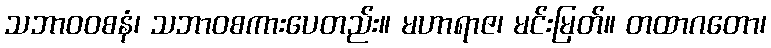
သဘာဝဝစနံ၊ သဘာဝစကားပေတည်း။ မဟာရာဇ၊ မင်းမြတ်။ တထာဂတော၊